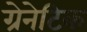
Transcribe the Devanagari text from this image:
ग्रेनेटिक